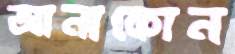
আনাকোন